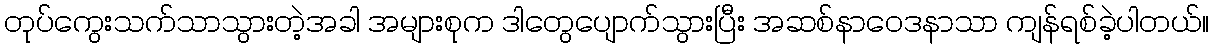
တုပ်ကွေးသက်သာသွားတဲ့အခါ အများစုက ဒါတွေပျောက်သွားပြီး အဆစ်နာဝေဒနာသာ ကျန်ရစ်ခဲ့ပါတယ်။